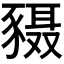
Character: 𬥄